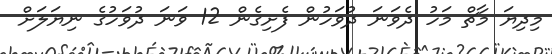
މިދިޔަ މާޗް މަހު ދެވަނަ ދުވަހުން ފެށިގެން 12 ވަނަ ދުވަހުގެ ނިޔަލަށް